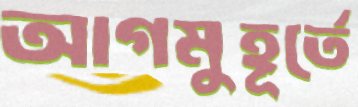
আগমুহূর্তে